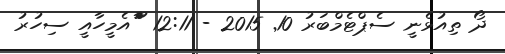
ދޯ ތިއުޅެނީ ސެޕްޓެމްބަރު 10